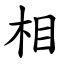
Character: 相